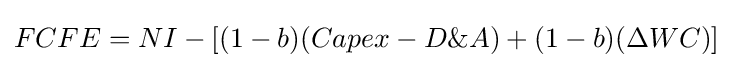
FCFE=NI-[(1-b)(Capex-D\&A)+(1-b)(\Delta WC)]